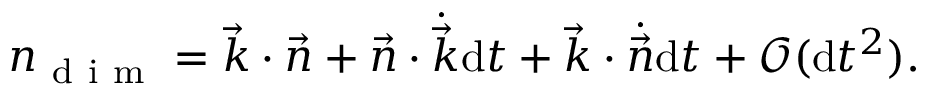
n _ { \mathrm { ~ d ~ i ~ m ~ } } = \vec { k } \cdot \vec { n } + \vec { n } \cdot \dot { \vec { k } } \mathrm { d } t + \vec { k } \cdot \dot { \vec { n } } \mathrm { d } t + \mathcal { O } ( \mathrm { d } t ^ { 2 } ) .